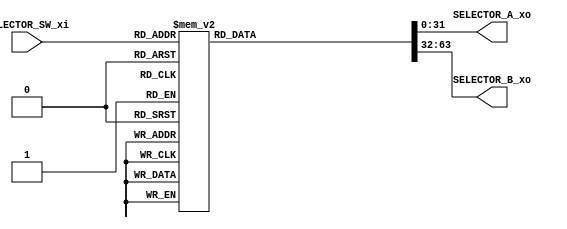
`timescale 1ns / 1ps
//////////////////////////////////////////////////////////////////////////////////
// Company: 
// Engineer: 
// 
// Design Name: 
// Module Name:    SELECTOR 
// Project Name: 
// Target Devices: 
// Tool versions: 
// Description: 
//
// Dependencies: 
//
// Revision: 
// Revision 0.01 - File Created
// Additional Comments: 
//
//////////////////////////////////////////////////////////////////////////////////
module SELECTOR(
    input       [2:0]   SELECTOR_SW_xi,
    output  reg [31:0]  SELECTOR_A_xo,
    output  reg [31:0]  SELECTOR_B_xo
    );

    always@(*)
    case (SELECTOR_SW_xi)
        3'b000: begin SELECTOR_A_xo = 32'h0000_0000; SELECTOR_B_xo = 32'h0000_0000; end
        3'b001: begin SELECTOR_A_xo = 32'h0000_0003; SELECTOR_B_xo = 32'h0000_0607; end
        3'b010: begin SELECTOR_A_xo = 32'h8000_0000; SELECTOR_B_xo = 32'h8000_0000; end
        3'b011: begin SELECTOR_A_xo = 32'h7FFF_FFFF; SELECTOR_B_xo = 32'h7FFF_FFFF; end
        3'b100: begin SELECTOR_A_xo = 32'hFFFF_FFFF; SELECTOR_B_xo = 32'hFFFF_FFFF; end
        3'b101: begin SELECTOR_A_xo = 32'h8000_0000; SELECTOR_B_xo = 32'hFFFF_FFFF; end
        3'b110: begin SELECTOR_A_xo = 32'hFFFF_FFFF; SELECTOR_B_xo = 32'h8000_0000; end
        3'b111: begin SELECTOR_A_xo = 32'h1234_5678; SELECTOR_B_xo = 32'h3333_2222; end
        default: begin SELECTOR_A_xo = 32'h9ABC_DEF0; SELECTOR_B_xo = 32'h1111_2222; end
    endcase

endmodule